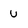
Character: U